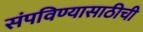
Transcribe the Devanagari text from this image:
संपविण्यासाठीची